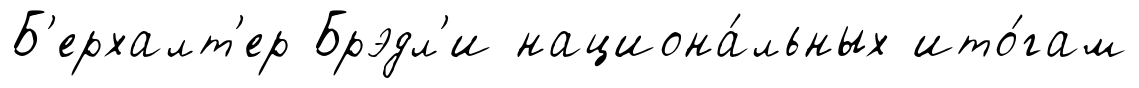
Б'ерхалт'ер Брэдл'и национа́льных ито́гам